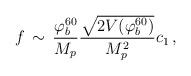
LaTeX: \begin{align*}f \, \sim \, {{\varphi_b^{60}} \over {M_p}} {{\sqrt{2 V(\varphi_b^{60})}} \over {M_p^2}} c_1 \, ,\end{align*}